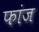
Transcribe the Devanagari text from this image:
फांज